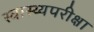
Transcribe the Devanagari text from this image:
स्वास्थ्यपरीक्षा